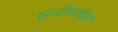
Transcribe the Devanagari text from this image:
झारियादीह